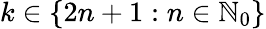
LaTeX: k\in\{ 2n+1:n\in\mathbb{N}_{0}\}